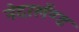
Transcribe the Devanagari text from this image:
नेदरलँण्ड